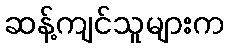
ဆန့်ကျင်သူများက